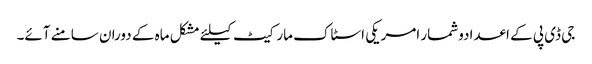
جی ڈی پی کے اعدادوشمار امریکی اسٹاک مارکیٹ کیلئے مشکل ماہ کے دوران سامنے آئے۔